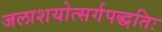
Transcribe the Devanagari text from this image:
जलाशयोत्सर्गपद्धतिः